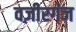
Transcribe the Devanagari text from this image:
वज़ीरगंज